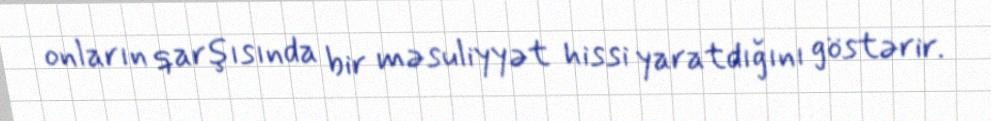
onların qarşısında bir məsuliyyət hissi yaratdığını göstərir.